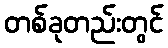
တစ်ခုတည်းတွင်